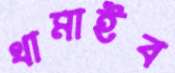
থামাইব